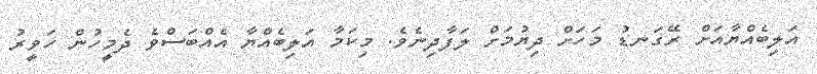
އަލިބެއްޔާއަށް ރޭގަނޑު މަހަށް ދިޔުމަށް ލަފާދިނެވެ. މިކަމާ އަލިބެއްޔާ އެއްބަސްވެ ދެމީހުން ހަވީރު